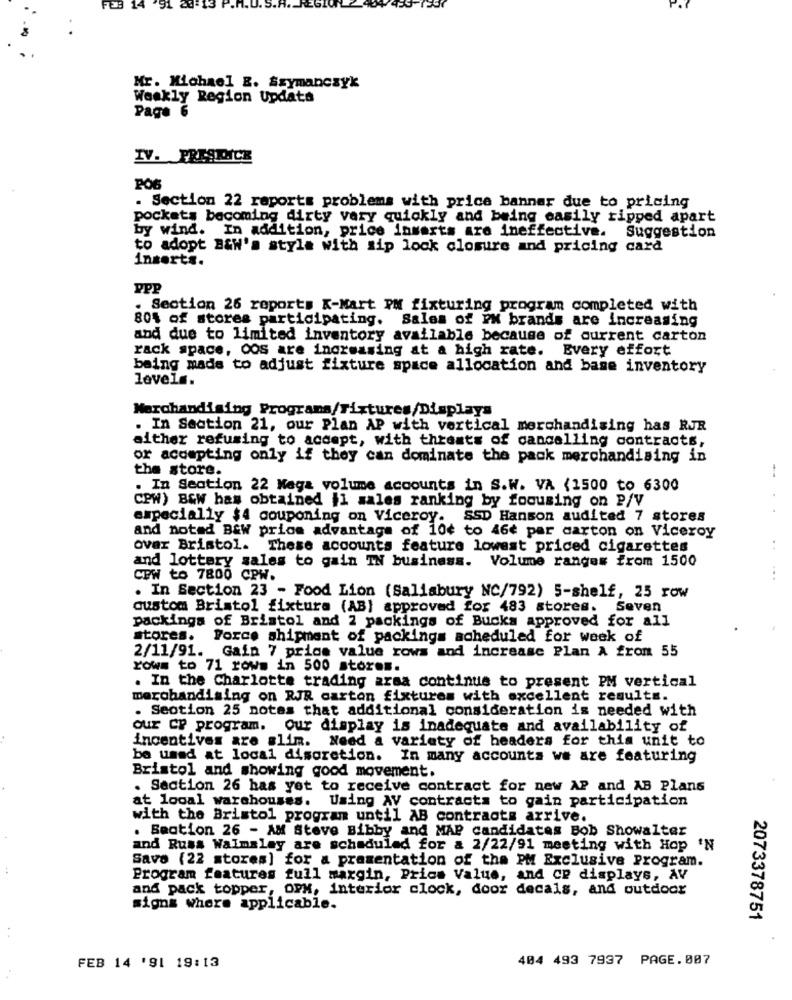
14
.91
20:13
Mr. Michael &. Szymanczyk
Weakly Region Update
Page 6
IV. PRESIDNICE
. Section 22 reports problems with price banner due to pricing
pockets becoming dirty very quickly and being easily ripped apart
by wind. In addition, price inserts are ineffective. Suggestion
to adopt B&W's style with sip lock closure and pricing card
inserts.
PPP
. Section 26 reports K-Mart PM fixturing program completed with
80% of stores participating. Sales of PX brands are increasing
and due to limited inventory available because of current carton
rack space, Oos are increasing at a high rate. Every effort
being made to adjust fixture space allocation and base inventory
levels.
Merchandising Programs/Fixtures/Displays
. In Section 21, our Plan AP with vertical merchandising has RJR
either refusing to accept, with threats of cancelling contracts,
or accepting only if they can dominate the pack merchandising in
the store.
. In Section 22 Mega volume accounts in S.W. VA (1500 to 6300
CPW) B&W has obtained Il sales ranking by focusing on P/V
especially $4 couponing on Viceroy. SSD Hanson audited 7 stores
and noted B&W price advantage of 10¢ to 46e par carton on Viceroy
over Bristol. These accounts feature lowest priced cigarettes
..
and lottery sales to gain IN business. Volume ranges from 1500
CPW to 7800 CPW.
..
. In Section 23 - Food Lion (Salisbury NC/792) 5-shelf, 25 row
custom Bristol fixture (AB) approved for 483 stores. Seven
packings of Bristol and 2 packings of Bucks approved for all
stores.
Force shipment of packings scheduled for week of
2/11/91. Gain 7 price value rows and increase Plan A from 55
rows to 71 rows in 500 stores.
. In the Charlotte trading arsa continue to present PM vertical
merchandising on RJR carton fixtures with excellent results.
. Seotion 25 notes that additional consideration is needed with
our CP program. Our display is inadequate and availability of
incentives are slim. Need a variety of headers for this unit to
be used at local discretion. In many accounts we are featuring
Bristol and showing good movement.
. Section 26 has yet to receive contract for new AP and AB Plans
at looal warehouses. Using AV contracts to gain participation
with the Bristol program until AB contracts arrive.
. Section 26 - AM Steve Bibby and MAP candidates Bob Showalter
and Russ Walmsley are scheduled for & 2/22/91 meeting with Hop 'N
Savo (22 stores] for a pramentation of the PM Exclusive Program.
Program features full margin, Prics Value, and CP displays, AV
and pack topper, OPH, Interior clock, door decals, and outdoor
signs where applicable.
2073378751
404 493 7937 PAGE. 007
FEB 14 '91 19:13